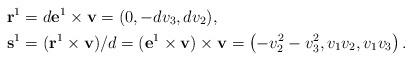
LaTeX: \begin{align*}\mathbf r^1&=d\mathbf e^1\times\mathbf v=(0,-dv_3,dv_2),\\\mathbf s^1&=(\mathbf r^1\times\mathbf v)/d=(\mathbf e^1\times\mathbf v)\times\mathbf v=\left(-v_2^2-v_3^2,v_1v_2,v_1v_3\right).\end{align*}